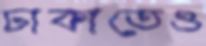
ঢাকাতেও